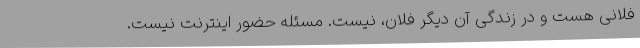
فلانی هست و در زندگی آن دیگر فلان، نیست. مسئله حضور اینترنت نیست.